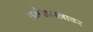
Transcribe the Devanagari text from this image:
धर्मशास्त्रावर